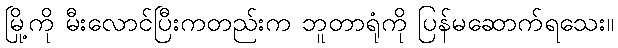
မြို့ကို မီးလောင်ပြီးကတည်းက ဘူတာရုံကို ပြန်မဆောက်ရသေး။